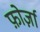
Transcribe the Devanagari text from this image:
फ़ोर्ज़ा